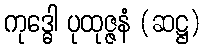
ကုဒ္ဓေါ ပုထုဇ္ဇနံ (ဆဋ္ဌ)